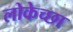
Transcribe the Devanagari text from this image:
लोकेच्छा